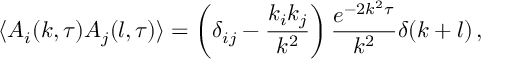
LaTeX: \langle A _ { i } ( k , \tau ) A _ { j } ( l , \tau ) \rangle = \left( \delta _ { i j } - \frac { k _ { i } k _ { j } } { k ^ { 2 } } \right) \frac { e ^ { - 2 k ^ { 2 } \tau } } { k ^ { 2 } } \delta ( k + l ) \, ,